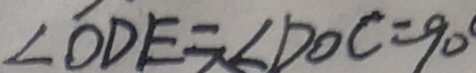
\angle D D E = \angle D O C = 9 0 ^ { \circ }